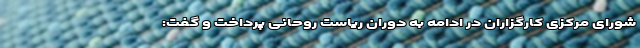
شورای مرکزی کارگزاران در ادامه به دوران ریاست روحانی پرداخت و گفت: